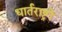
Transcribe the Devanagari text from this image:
धार्तराष्ट्रों